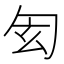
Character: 𠣖